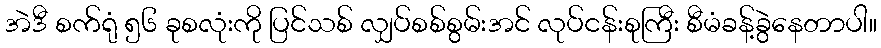
အဲဒီ စက်ရုံ ၅၆ ခုစလုံးကို ပြင်သစ် လျှပ်စစ်စွမ်းအင် လုပ်ငန်းစုကြီး စီမံခန့်ခွဲနေတာပါ။